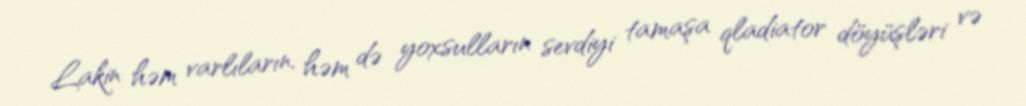
Lakin həm varlıların, həm də yoxsulların sevdiyi tamaşa qladiator döyüşləri və